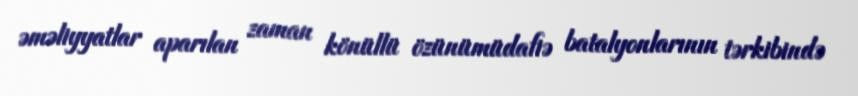
əməliyyatlar aparılan zaman könüllü özünümüdafiə batalyonlarının tərkibində